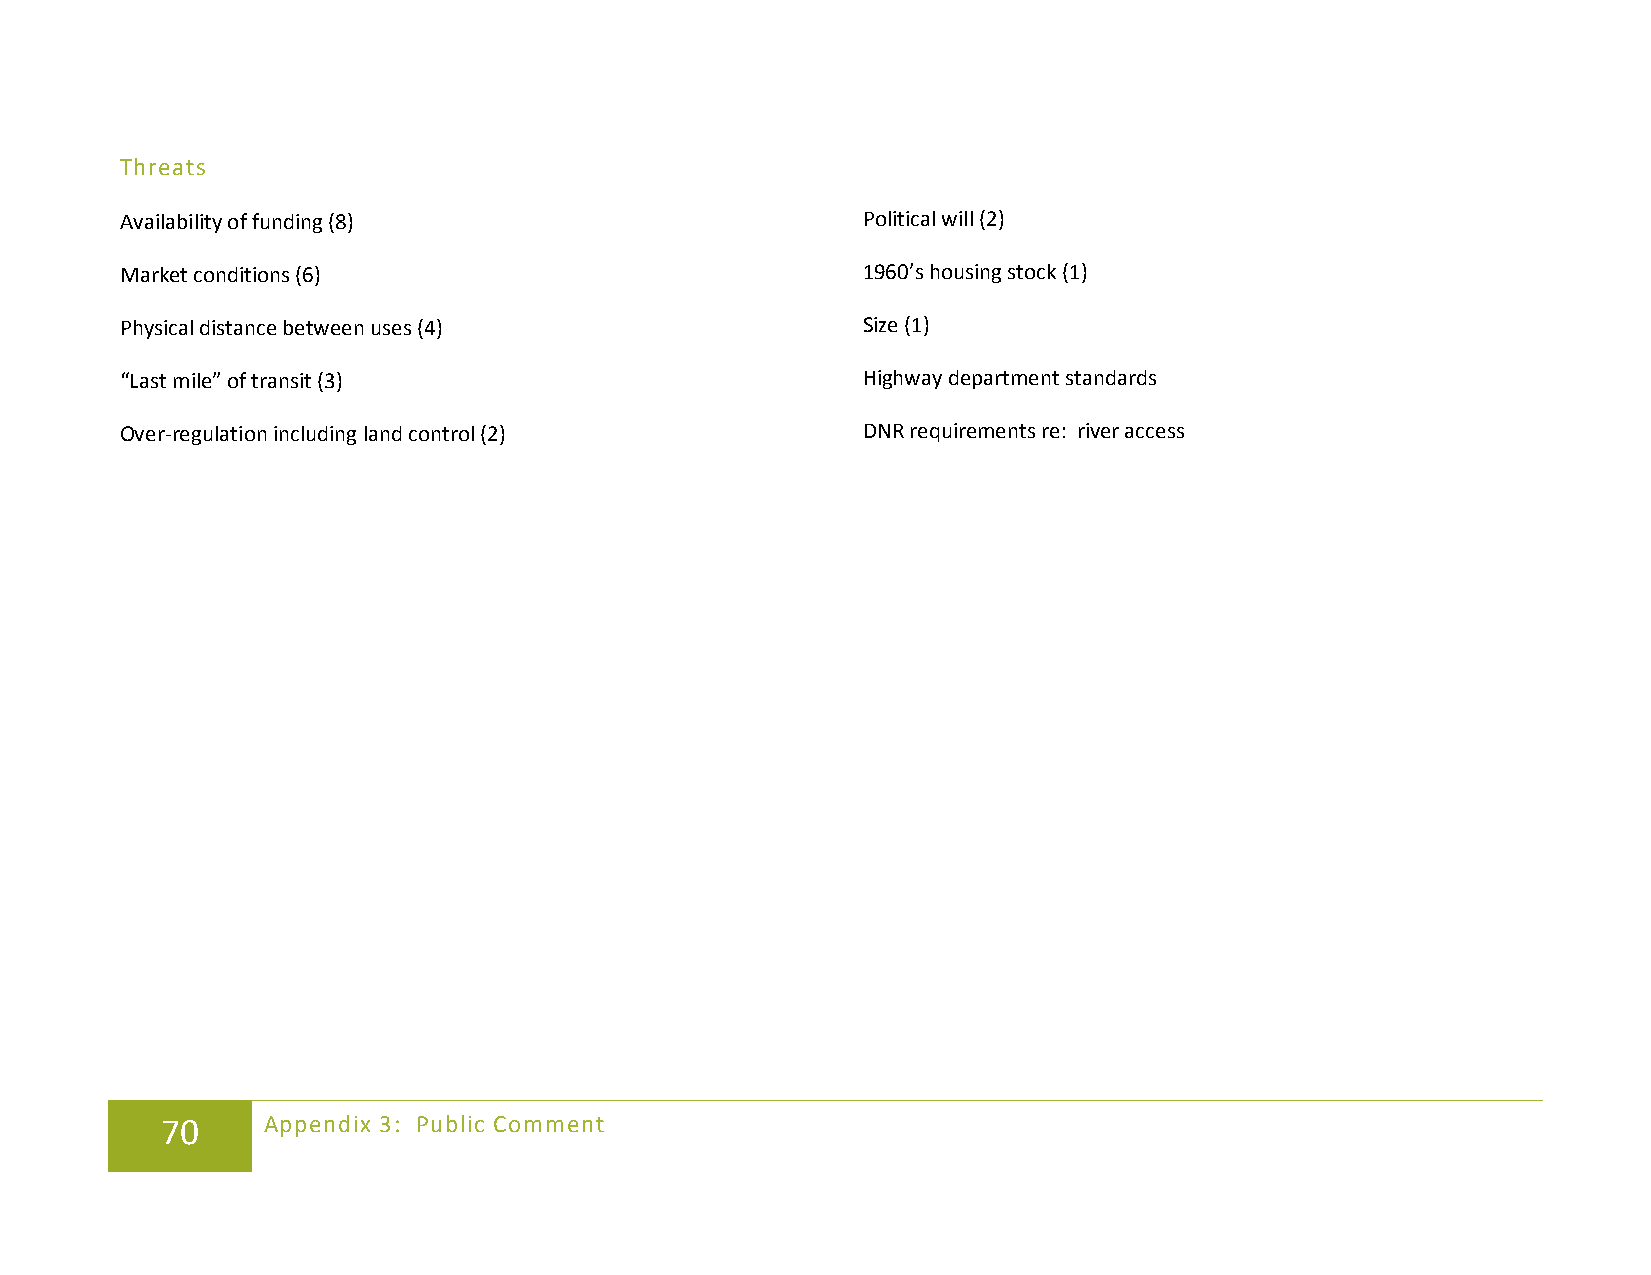
Threats
 Availability of funding (8)                      Political will (2)
 Market conditions (6)                            1960’s housing stock (1)
 Physical distance between uses (4)               Size (1)
 “Last mile” of transit (3)                       Highway department standards
 Over-regulation including land control (2)       DNR requirements re: river access
 70    Appendix 3: Public Comment